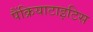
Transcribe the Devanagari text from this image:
पैंक्रियाटाइटिस